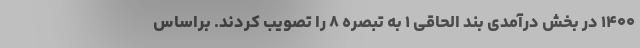
۱۴۰۰ در بخش درآمدی بند الحاقی ۱ به تبصره ۸ را تصویب کردند. براساس